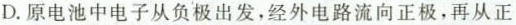
D.原电池中电子从负极出发，经外电路流向正极，再从正